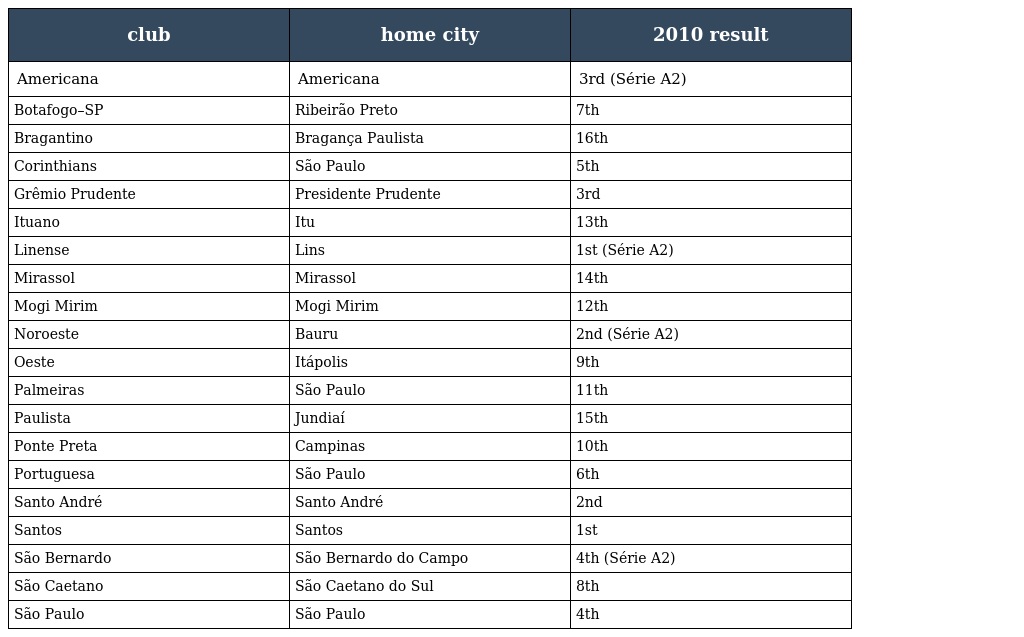
| club | home city | 2010 result |
 | --- | --- | --- |
 | Americana | Americana | 3rd (Série A2) |
 | Botafogo–SP | Ribeirão Preto | 7th |
 | Bragantino | Bragança Paulista | 16th |
 | Corinthians | São Paulo | 5th |
 | Grêmio Prudente | Presidente Prudente | 3rd |
 | Ituano | Itu | 13th |
 | Linense | Lins | 1st (Série A2) |
 | Mirassol | Mirassol | 14th |
 | Mogi Mirim | Mogi Mirim | 12th |
 | Noroeste | Bauru | 2nd (Série A2) |
 | Oeste | Itápolis | 9th |
 | Palmeiras | São Paulo | 11th |
 | Paulista | Jundiaí | 15th |
 | Ponte Preta | Campinas | 10th |
 | Portuguesa | São Paulo | 6th |
 | Santo André | Santo André | 2nd |
 | Santos | Santos | 1st |
 | São Bernardo | São Bernardo do Campo | 4th (Série A2) |
 | São Caetano | São Caetano do Sul | 8th |
 | São Paulo | São Paulo | 4th |